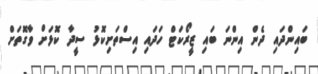
ބައިންދައި ދެން އިންނަ ބައި ޒީރޯކަޓް ހަދައި އިސްތަށިކޮޅު ސީދާ ކޮޅަށް ވާގޮތަށް